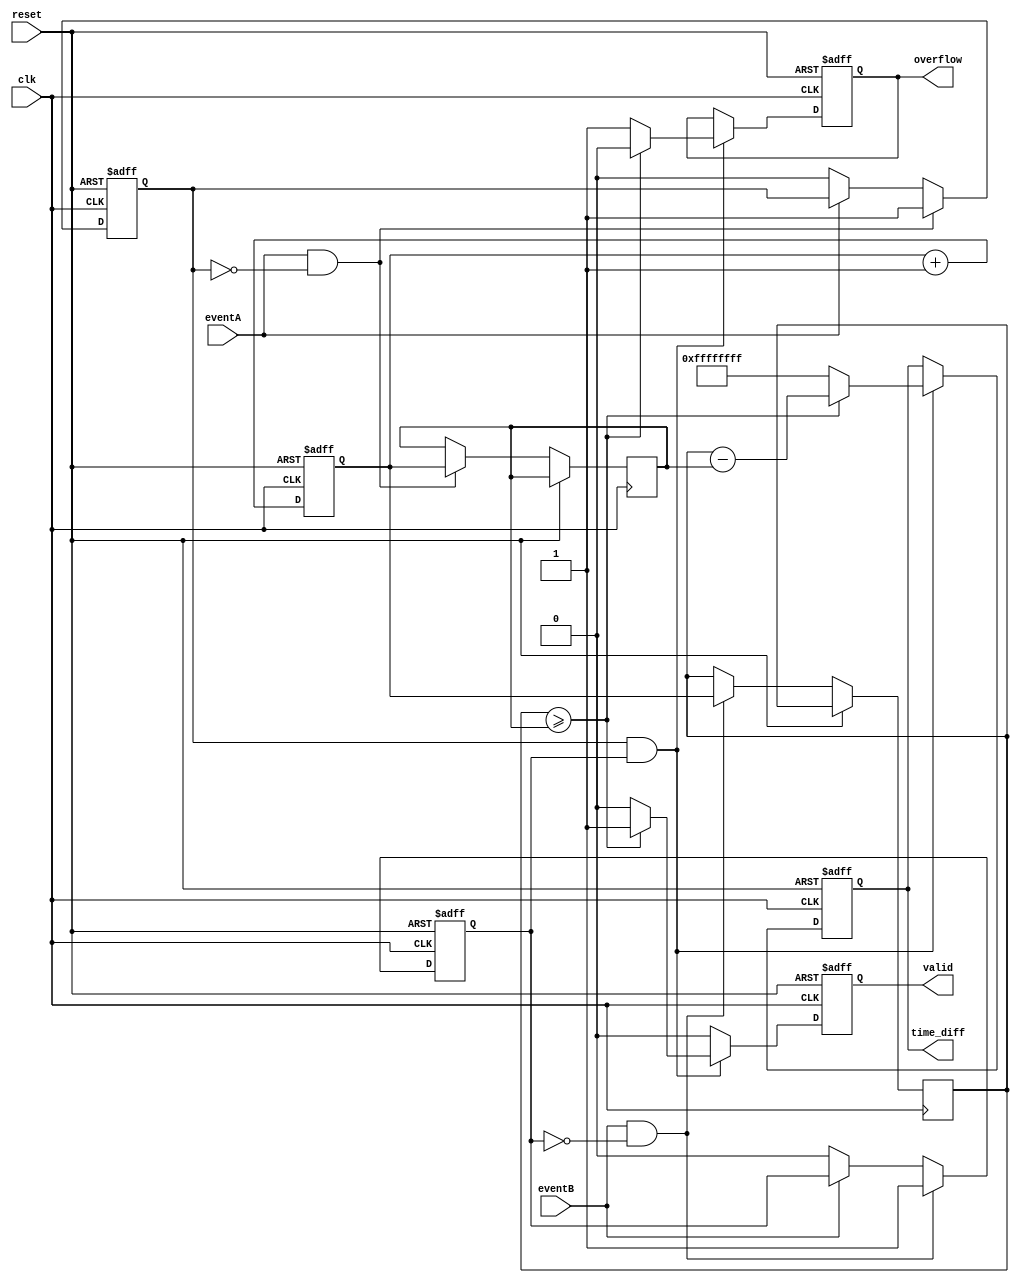
module TDC (
    input wire clk,          // Clock signal
    input wire reset,        // Reset signal
    input wire eventA,       // Event A input
    input wire eventB,       // Event B input
    output reg [31:0] time_diff, // Time difference output
    output reg valid,        // Valid measurement flag
    output reg overflow      // Overflow flag
);

    reg [31:0] timestampA;   // Timestamp for event A
    reg [31:0] timestampB;   // Timestamp for event B
    reg [31:0] counter;       // Clock cycle counter
    reg eventA_detected;      // Flag for event A detection
    reg eventB_detected;      // Flag for event B detection

    // Edge detection for event A and event B
    always @(posedge clk or posedge reset) begin
        if (reset) begin
            eventA_detected <= 0;
            eventB_detected <= 0;
        end else begin
            // Detect rising edge of event A
            if (eventA && !eventA_detected) begin
                timestampA <= counter; // Capture timestamp
                eventA_detected <= 1;  // Set flag
            end else if (!eventA) begin
                eventA_detected <= 0;  // Reset flag
            end
            
            // Detect rising edge of event B
            if (eventB && !eventB_detected) begin
                timestampB <= counter; // Capture timestamp
                eventB_detected <= 1;  // Set flag
            end else if (!eventB) begin
                eventB_detected <= 0;  // Reset flag
            end
        end
    end

    // Clock cycle counter
    always @(posedge clk or posedge reset) begin
        if (reset) begin
            counter <= 0;
        end else begin
            counter <= counter + 1;
        end
    end

    // Time difference calculation
    always @(posedge clk or posedge reset) begin
        if (reset) begin
            time_diff <= 0;
            valid <= 0;
            overflow <= 0;
        end else begin
            if (eventA_detected && eventB_detected) begin
                if (timestampB >= timestampA) begin
                    time_diff <= timestampB - timestampA; // Calculate time difference
                    valid <= 1; // Set valid flag
                    overflow <= 0; // Clear overflow flag
                end else begin
                    time_diff <= 32'hFFFFFFFF; // Indicate overflow condition
                    valid <= 0; // Clear valid flag
                    overflow <= 1; // Set overflow flag
                end
            end else begin
                valid <= 0; // Clear valid flag if no events detected
            end
        end
    end

endmodule